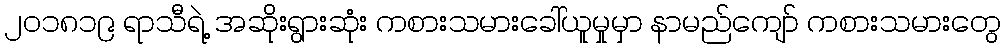
၂၀၁၈၁၉ ရာသီရဲ့ အဆိုးရွားဆုံး ကစားသမားခေါ်ယူမှုမှာ နာမည်ကျော် ကစားသမားတွေ